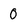
Character: 0